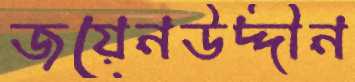
জয়েনউদ্দীন